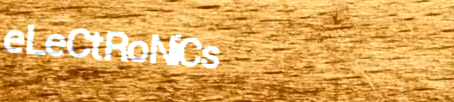
eLeCtRoNiCs